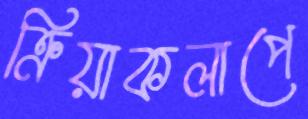
ক্রিয়াকলাপে